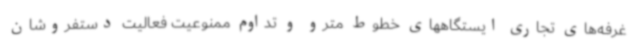
غرفه‌های تجاری ایستگاههای خطوط مترو و تداوم ممنوعیت فعالیت دستفروشان